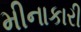
મીનાકારી